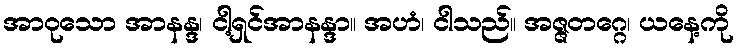
အာဝုသော အာနန္ဒ၊ ငါ့ရှင်အာနန္ဒာ။ အဟံ၊ ငါသည်။ အဇ္ဇတဂ္ဂေ၊ ယနေ့ကို